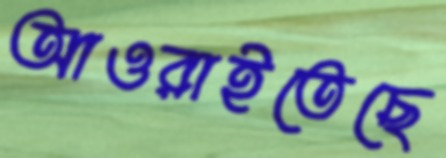
আওরাইতেছে